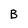
Character: B